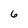
Character: 6